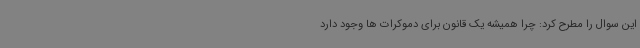
این سوال را مطرح کرد: چرا همیشه یک قانون برای دموکرات ها وجود دارد